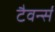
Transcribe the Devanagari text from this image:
टैवर्न्स